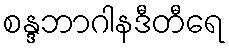
စန္ဒဘာဂါနဒီတီရေ